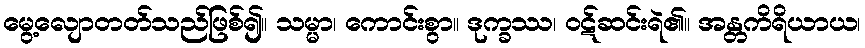
မွေ့လျောတတ်သည်ဖြစ်၍။ သမ္မာ၊ ကောင်းစွာ။ ဒုက္ခဿ၊ ဝဋ်ဆင်းရဲ၏။ အန္တကိရိယာယ၊